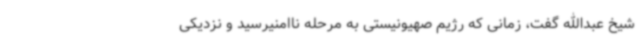
شیخ عبدالله گفت، زمانی که رژیم صهیونیستی به مرحله ناامنیرسید و نزدیکی